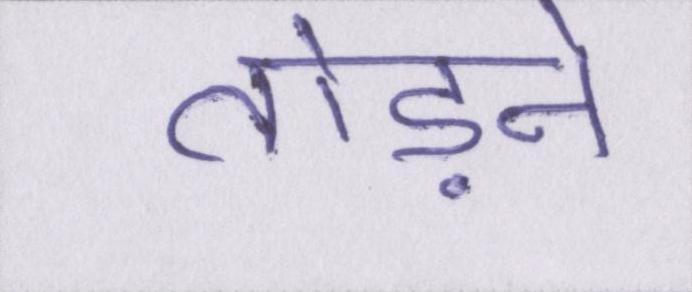
तोड़ने